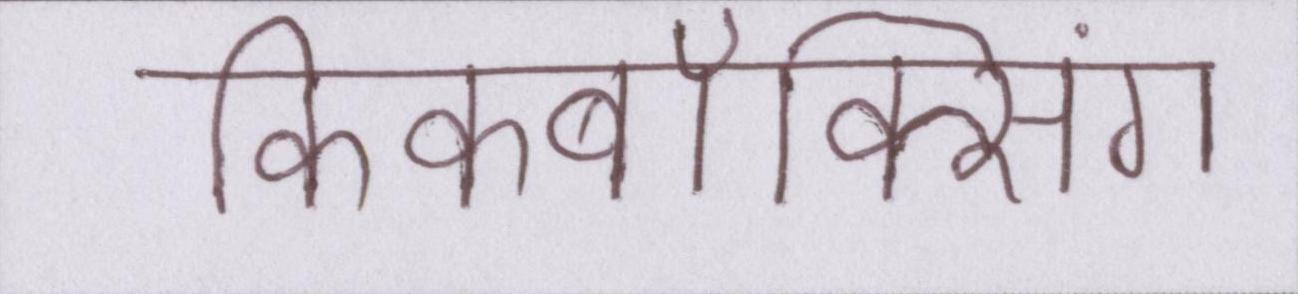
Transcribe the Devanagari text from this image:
किकबॉक्सिंग